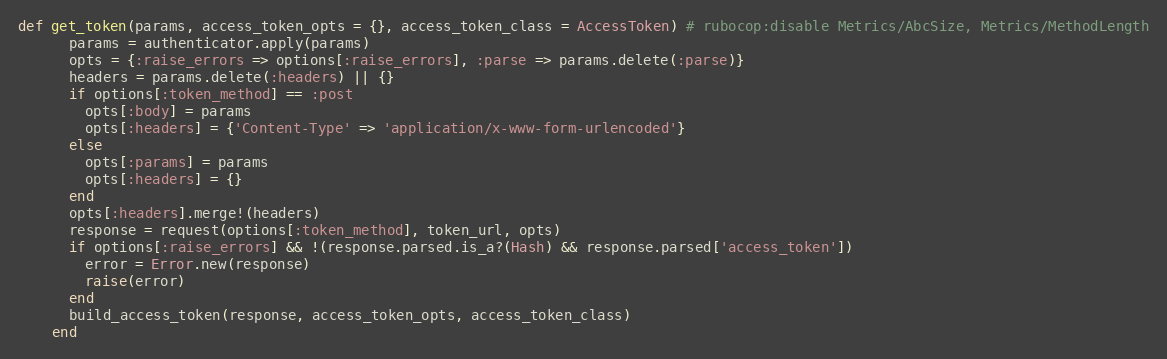
Language: Ruby
def get_token(params, access_token_opts = {}, access_token_class = AccessToken) # rubocop:disable Metrics/AbcSize, Metrics/MethodLength
      params = authenticator.apply(params)
      opts = {:raise_errors => options[:raise_errors], :parse => params.delete(:parse)}
      headers = params.delete(:headers) || {}
      if options[:token_method] == :post
        opts[:body] = params
        opts[:headers] = {'Content-Type' => 'application/x-www-form-urlencoded'}
      else
        opts[:params] = params
        opts[:headers] = {}
      end
      opts[:headers].merge!(headers)
      response = request(options[:token_method], token_url, opts)
      if options[:raise_errors] && !(response.parsed.is_a?(Hash) && response.parsed['access_token'])
        error = Error.new(response)
        raise(error)
      end
      build_access_token(response, access_token_opts, access_token_class)
    end